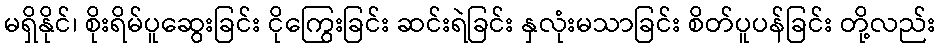
မရှိနိုင်၊ စိုးရိမ်ပူဆွေးခြင်း ငိုကြွေးခြင်း ဆင်းရဲခြင်း နှလုံးမသာခြင်း စိတ်ပူပန်ခြင်း တို့လည်း